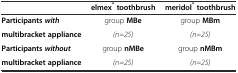
|  | elmex® toothbrush | meridol® toothbrush |
 | --- | --- | --- |
 | Participantswith | group MBe | group MBm |
 | multibracket appliance | (n=25) | (n=25) |
 | Participantswithout | group nMBe | group nMBm |
 | multibracket appliance | (n=25) | (n=25) |